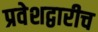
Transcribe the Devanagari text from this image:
प्रवेशद्वारीच